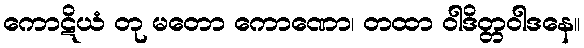
ကောဋိယံ တု မတော ကောဏော၊ တထာ ဝါဒိတ္တဝါဒနေ။